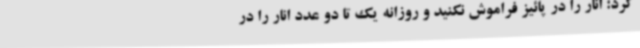
کرد: انار را در پائیز فراموش نکنید و روزانه یک تا دو عدد انار را در